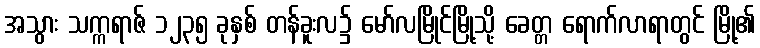
အသွား သက္ကရာဇ် ၁၂၃၅ ခုနှစ် တန်ခူးလ၌ မော်လမြိုင်မြို့သို့ ခေတ္တ ရောက်လာရာတွင် မြို့၏